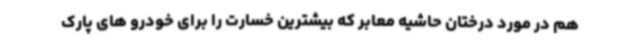
هم در مورد درختان حاشیه معابر که بیشترین خسارت را برای خودرو های پارک